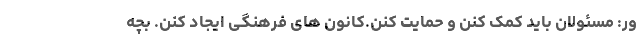
ور: مسئولان باید کمک کنن و حمایت کنن.کانون های فرهنگی ایجاد کنن. بچه